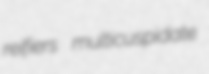
reifiers multicuspidate